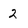
Character: 2